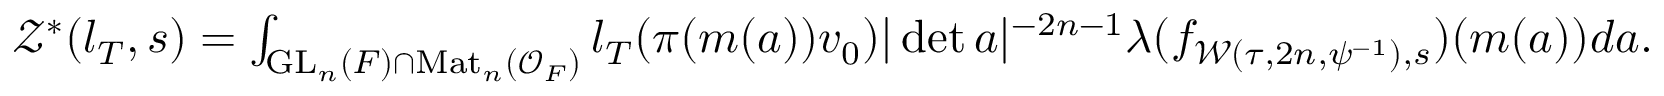
\begin{array} { r } { \mathcal { Z } ^ { \ast } ( l _ { T } , s ) = \int _ { \mathrm { G L } _ { n } ( F ) \cap \mathrm { M a t } _ { n } ( \mathcal { O } _ { F } ) } l _ { T } ( \pi ( m ( a ) ) v _ { 0 } ) | \operatorname* { d e t } a | ^ { - 2 n - 1 } \lambda ( f _ { \mathcal { W } ( \tau , 2 n , \psi ^ { - 1 } ) , s } ) ( m ( a ) ) d a . } \end{array}